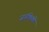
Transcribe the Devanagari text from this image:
जनंकिकी